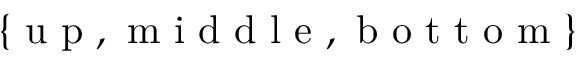
\{ \mathrm { ~ u ~ p ~ } , \mathrm { ~ m ~ i ~ d ~ d ~ l ~ e ~ } , \mathrm { ~ b ~ o ~ t ~ t ~ o ~ m ~ } \}